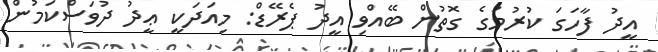
އީދު ފާހަގަ ކުރުމުގެ ގޮތުން ބޭއްވި އީދު ޕެރޭޑް: މިއަދަކީ ޢީދު ދުވަސްކަމުން